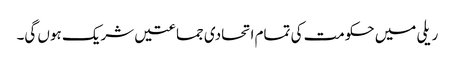
ریلی میں حکومت کی تمام اتحادی جماعتیں شریک ہوں گی۔